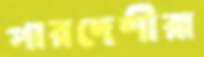
পারদেশীরা